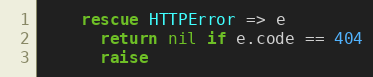
Language: Ruby
    rescue HTTPError => e
      return nil if e.code == 404
      raise